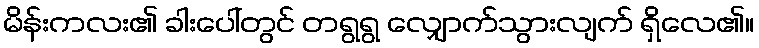
မိန်းကလး၏ ခါးပေါ်တွင် တရွရွ လျှောက်သွားလျက် ရှိလေ၏။